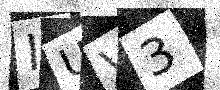
Text: IUV3